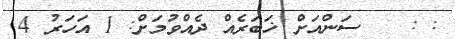
: :   ސަންއަށް ޚަބަރެއް ދެއްވުމަށް: 1 އަހަރު 4